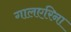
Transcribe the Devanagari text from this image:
गालएरिना